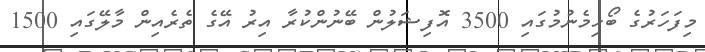
މިފަހަރުގެ ބޯހިމެނުމުގައި 3500 އޮފިޝަލުން ބޭނުންކުރާ އިރު އޭގެ ތެރެއިން މާލޭގައި 1500